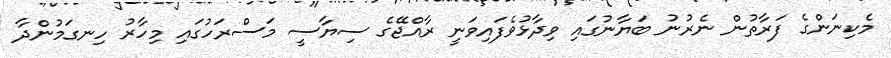
މެކިނަންގެ ފަރާތުން ނެރުނު ބަޔާނުގައި ވިދާޅުވެފައިވަނީ ރާއްޖޭގެ ސިޔާސީ މަސްރަހުގައި މިހާރު ހިނގަމުންދާ